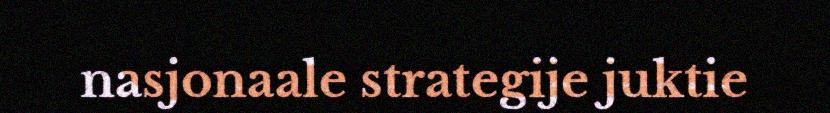
nasjonaale strategije juktie